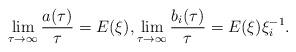
LaTeX: \begin{align*} \lim_{\tau \rightarrow \infty} \frac{a(\tau)}{\tau } = E(\xi), \lim_{\tau \rightarrow \infty} \frac{b_{i}(\tau)}{\tau} = E(\xi) \xi_i^{-1}.\end{align*}